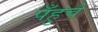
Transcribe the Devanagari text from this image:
पँहुचे